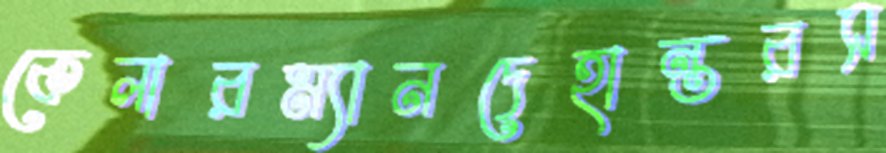
কেলারম্যানদেহান্তরস